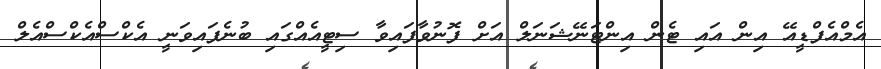
އެމްއެފްޑީއޭ އިން އައި ޓެން އިންޓަނޭޝަނަލް އަށް ފޮނުވާފައިވާ ސިޓީއެއްގައި ބުނެފައިވަނީ އެކްސްއެކްސްއެލް